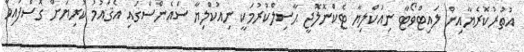
އުތުރުކޮރެޔާއިން ލައިޓްވޯޓާ ނިއުކްލިޔާ ޓެކްނޮލޮޖީ ޙާސިލްކުރުމަކީ ނިއުކްލިޔާ ސައެންސްގައި އެޤައުމު ކުރިޔަށް ގޮސްފައިވާ